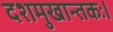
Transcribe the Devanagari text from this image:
दशमुखान्तकः।